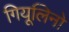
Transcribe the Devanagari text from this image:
गियूलिनो